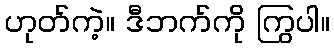
ဟုတ်ကဲ့။ ဒီဘက်ကို ကြွပါ။